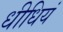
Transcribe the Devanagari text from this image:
धीधियं